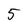
Character: 5